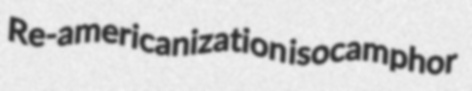
Re-americanization isocamphor